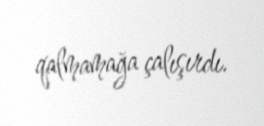
qalmamağa çalışırdı.